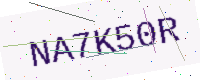
Text: NA7K50R